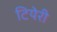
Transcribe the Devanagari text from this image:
टियेरी